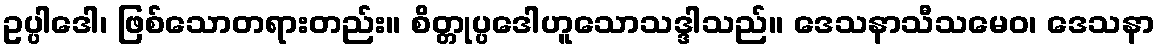
ဥပ္ပါဒေါ၊ ဖြစ်သောတရားတည်း။ စိတ္တုပ္ပဒေါဟူသောသဒ္ဒါသည်။ ဒေသနာသီသမေဝ၊ ဒေသနာ